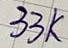
Text: 33K